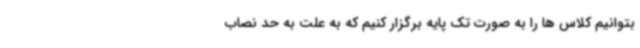
بتوانیم کلاس ها را به صورت تک پایه برگزار کنیم که به علت به حد نصاب